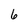
Character: 6